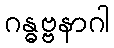
ဂန္ဓဗ္ဗနာဂါ